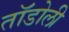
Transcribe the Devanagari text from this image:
तॉडोली